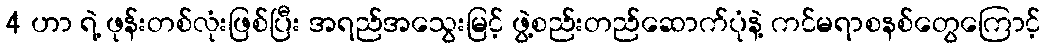
4 ဟာ ရဲ့ ဖုန်းတစ်လုံးဖြစ်ပြီး အရည်အသွေးမြင့် ဖွဲ့စည်းတည်ဆောက်ပုံနဲ့ ကင်မရာစနစ်တွေကြောင့်